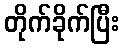
တိုက်ခိုက်ပြီး